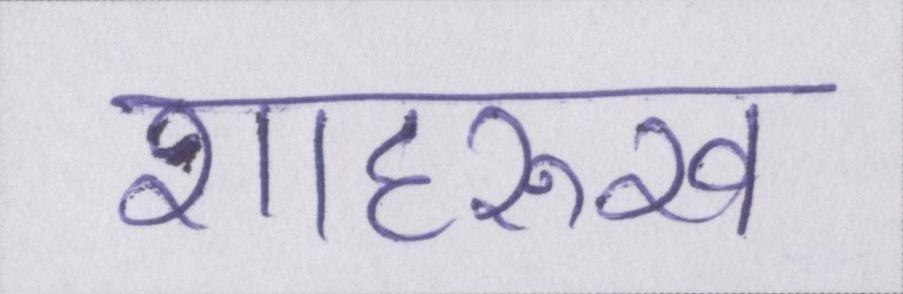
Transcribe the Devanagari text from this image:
शाहरुख